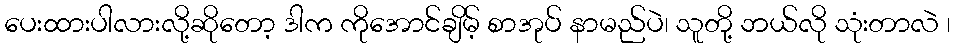
ပေးထားပါလားလို့ဆိုတော့ ဒါက ကိုအောင်ချိမ့် စာအုပ် နာမည်ပဲ၊ သူတို့ ဘယ်လို သုံးတာလဲ ၊